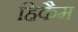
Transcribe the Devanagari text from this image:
हिकैम